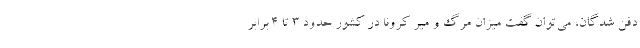
دفن شدگان، می‌توان گفت میزان مرگ و میر کرونا در کشور حدود ۳ تا ۴ برابر